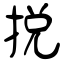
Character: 捝